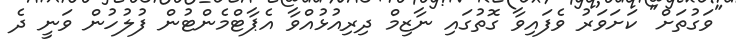
"ވަގުތަށް" ކަށަވަރު ވެފައިވާ ގޮތުގައި ނާޒިމް ދިރިއުޅުއްވާ އެޕާޓްމެންޓުން ފުލުހުން ވަނީ ދެ